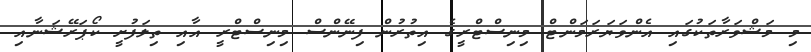
މި މަޝްވަރާތަކުގައި އެންވަޔަރަމަންޓް މިނިސްޓްރީގެ އިތުރުން ފިނޭންސް މިނިސްޓްރީ އާއި ތިލަފުށީ ކޯޕަރޭޝަނާއި